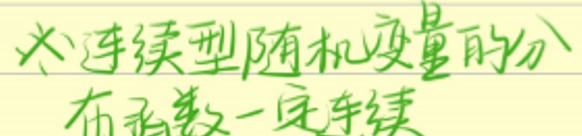
连续性随机变量的分布函数一定连续